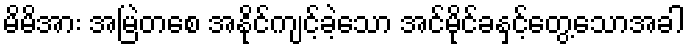
မိမိအား အမြဲတစေ အနိုင်ကျင့်ခဲ့သော အင်မိုင်ခနှင့်တွေ့သောအခါ